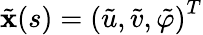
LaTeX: \tilde{\mathbf{x}}(s)=\left(\tilde{u},\tilde{v},\tilde{\varphi}\right)^{T}